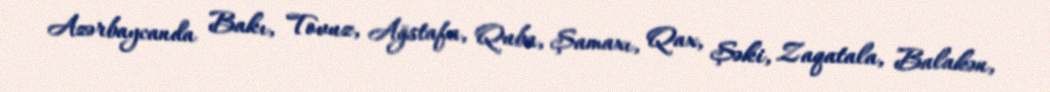
Azərbaycanda Bakı, Tovuz, Ağstafa, Quba, Şamaxı, Qax, Şəki, Zaqatala, Balakən,